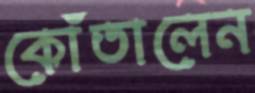
কোঁতালেন